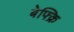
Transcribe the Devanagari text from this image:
बेफ्क्रि